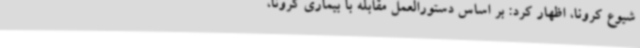
شیوع کرونا، اظهار کرد: بر اساس دستورالعمل مقابله با بیماری کرونا،